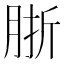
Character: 䏳